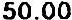
50.00